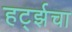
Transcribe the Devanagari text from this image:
हर्ट्झचा